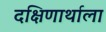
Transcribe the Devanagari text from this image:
दक्षिणार्थाला